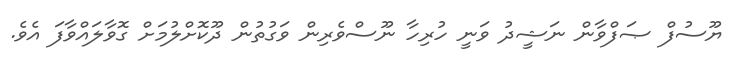
ޔޫސުފް ޞަފްވާން ނަޝީދު ވަނީ ހުރިހާ ނޫސްވެރިން ވަގުތުން ދޫކޮށްލުމަށް ގޮވާލައްވާފަ އެވެ.